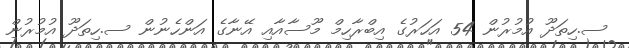
ސ.ހިތަދޫ އުމުރުން 54 އަހަރުގެ އިބްރާހިމް މޫސާއާއި އޭނާގެ އަންހެނުން ސ.ހިތަދޫ އުމުރުން